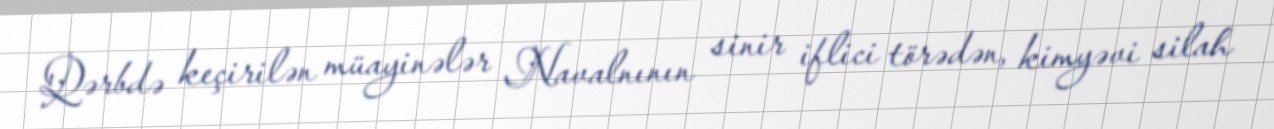
Qərbdə keçirilən müayinələr Navalnının sinir iflici törədən, kimyəvi silah